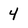
Character: 4